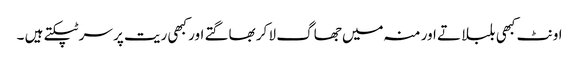
اونٹ کبھی بلبلاتے اور منہ میں جھاگ لا کر بھاگتے اور کبھی ریت پر سر ٹپکتے ہیں ۔